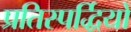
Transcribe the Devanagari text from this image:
प्रतिस्पर्द्धियों